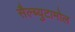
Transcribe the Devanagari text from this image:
सैल्ब्युटामोल